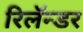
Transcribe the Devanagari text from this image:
रिलॅन्डर